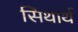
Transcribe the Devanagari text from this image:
सिथार्थ